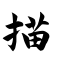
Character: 描